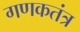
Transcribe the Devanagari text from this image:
गणकतंत्र